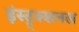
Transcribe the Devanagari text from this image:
इंस्ट्र्क्शनल